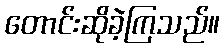
တောင်းဆိုခဲ့ကြသည်။